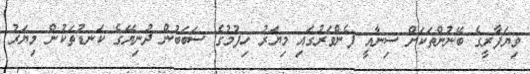
ވިޔަފާރީގެ ބޭނުންތަކަށް ސިނާއީ ފެންވަރުގައި މިޔަރު ހިފުމުގެ ސަބަބުން ދުނިޔޭގެ ކަނޑުތަކުން މިޔަރު